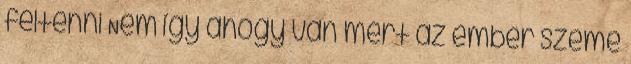
feltenni Nem így ahogy van mert az ember szeme